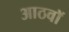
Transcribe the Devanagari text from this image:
आठवाॅ